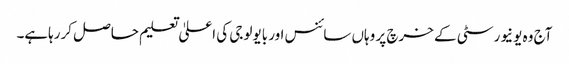
آج وہ یونیورسٹی کے خرچ پر وہاں سائنس اور بایولوجی کی اعلیٰ تعلیم حاصل کررہاہے۔